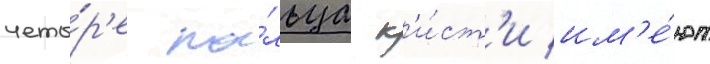
четы́р'е па́льца к'и́ст'и им'е́ют